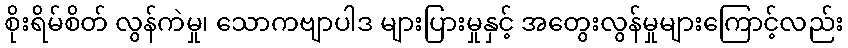
စိုးရိမ်စိတ် လွန်ကဲမှု၊ သောကဗျာပါဒ များပြားမှုနှင့် အတွေးလွန်မှုများကြောင့်လည်း